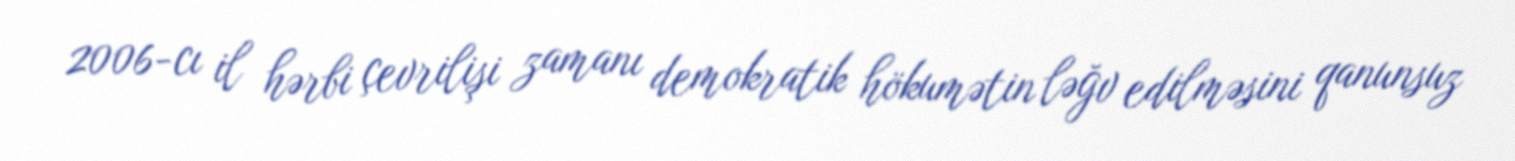
2006-cı il hərbi çevrilişi zamanı demokratik hökumətin ləğv edilməsini qanunsuz